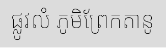
ផ្លូវលំ ភូមិព្រែកតានូ